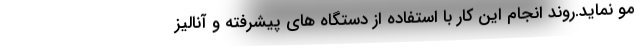
مو نماید.روند انجام این کار با استفاده از دستگاه های پیشرفته و آنالیز